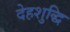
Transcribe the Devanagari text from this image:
देहशुद्धि